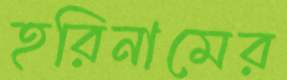
হরিনামের